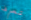
تعرف